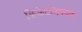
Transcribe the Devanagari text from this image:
क्रिकेटविषयक